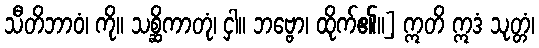
သီတိဘာဝံ၊ ကို။ သစ္ဆိကာတုံ၊ ငှါ။ ဘဗ္ဗော၊ ထိုက်၏။] ဣတိ ဣဒံ သုတ္တံ၊